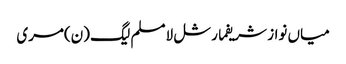
میاں نواز شریفمارشل لامسلم لیگ (ن)مری